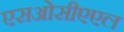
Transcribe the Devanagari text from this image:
एसओसीएएल